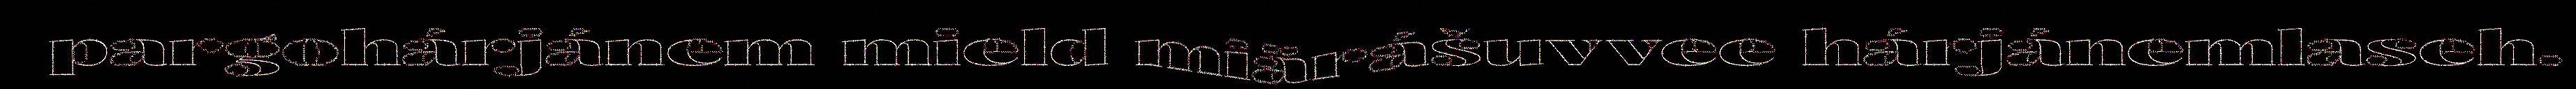
pargohárjánem mield miärášuvvee hárjánemlaseh.